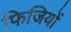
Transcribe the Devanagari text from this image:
फिजियों